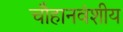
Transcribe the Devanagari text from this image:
चौहानवंशीय